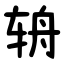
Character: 辀